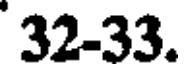
32-33.